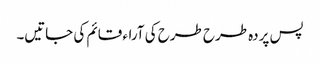
پس پردہ طرح طرح کی آراء قائم کی جاتیں۔